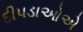
દીપડાઓએ